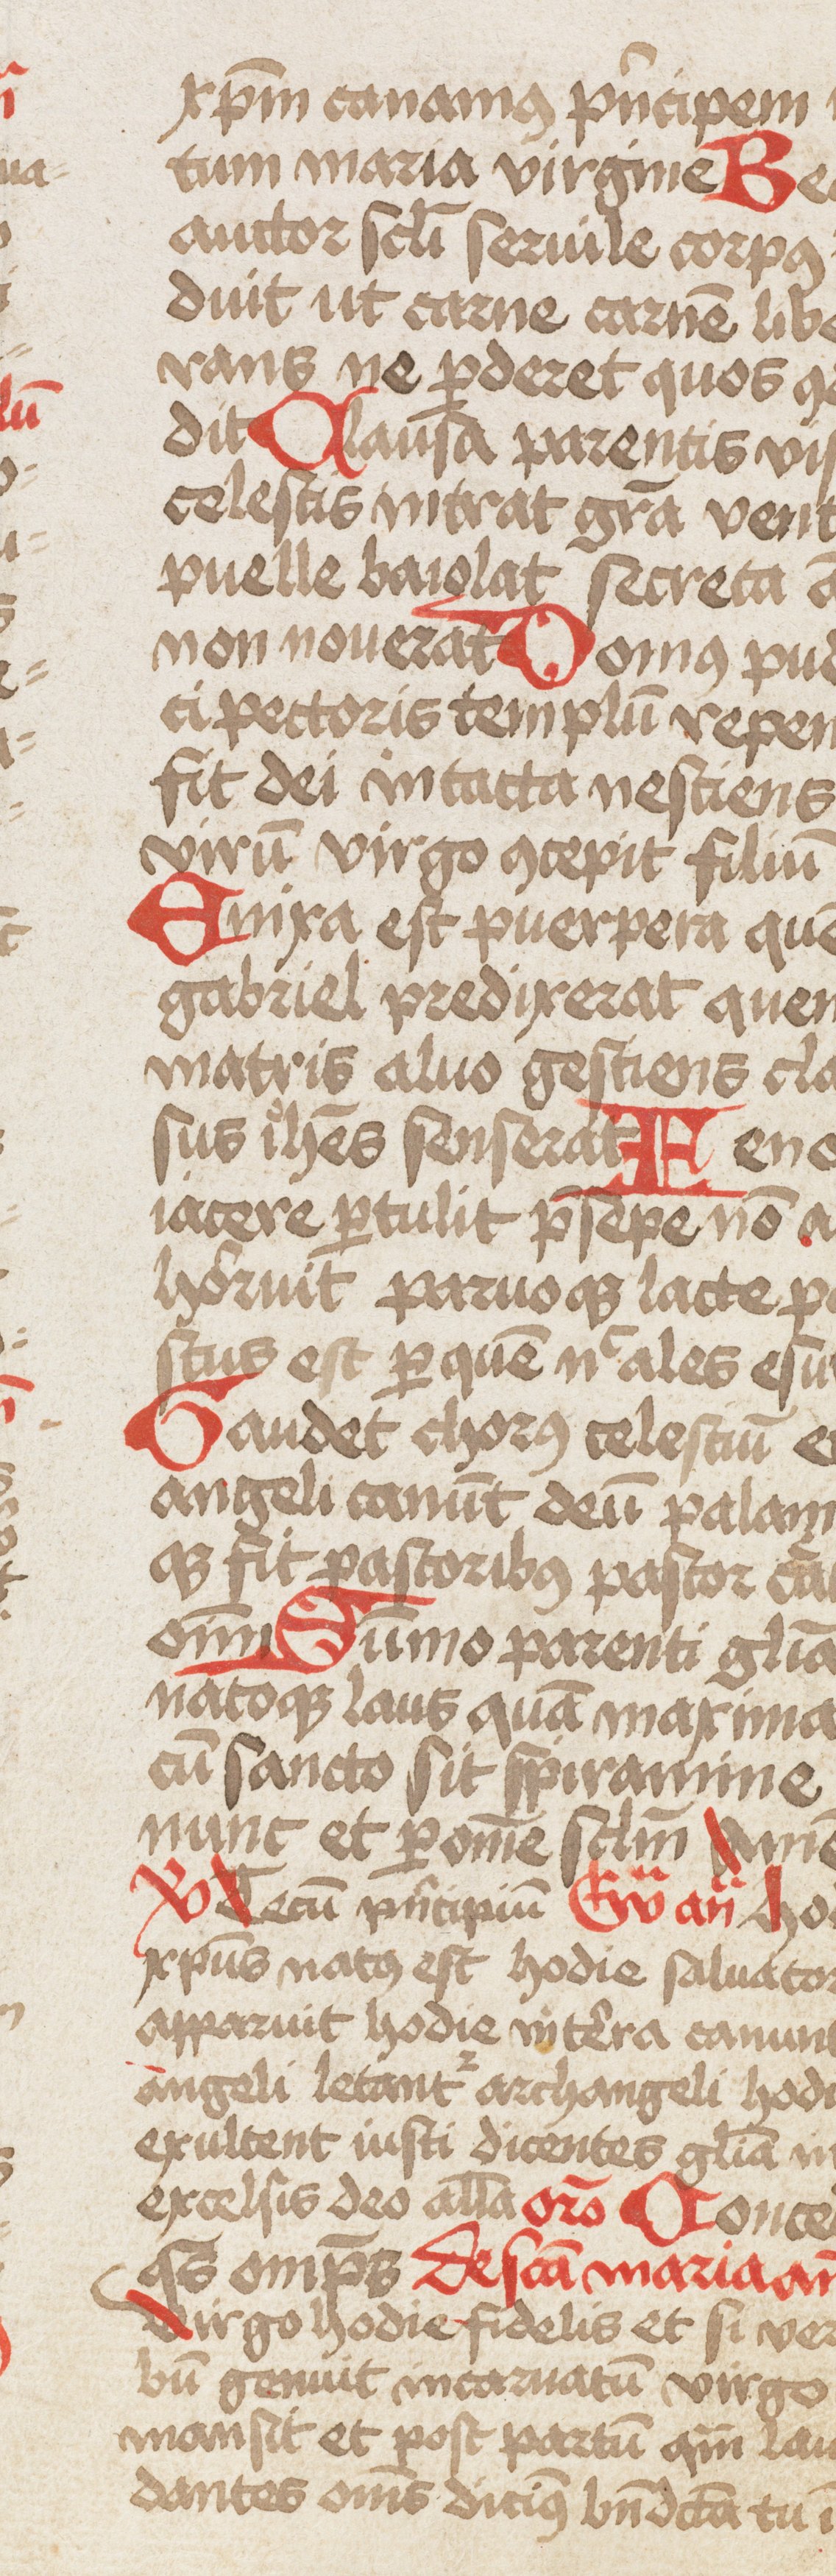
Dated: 1466–1466